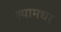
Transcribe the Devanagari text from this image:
श्यामधर